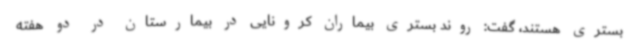
بستری هستند، گفت: روند بستری بیماران کرونایی در بیمارستان در دو هفته